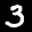
Label: 3